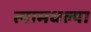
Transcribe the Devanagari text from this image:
त्यामधल्या